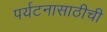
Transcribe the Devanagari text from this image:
पर्यटनासाठीची